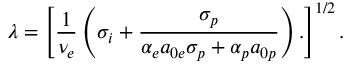
\lambda = \left[ \frac { 1 } { \nu _ { e } } \left( \sigma _ { i } + \frac { \sigma _ { p } } { \alpha _ { e } a _ { 0 e } \sigma _ { p } + \alpha _ { p } a _ { 0 p } } \right) . \right] ^ { 1 / 2 } .